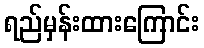
ရည်မှန်းထားကြောင်း